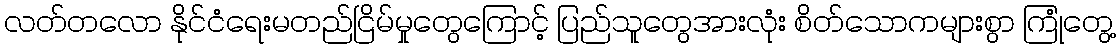
လတ်တလော နိုင်ငံရေးမတည်ငြိမ်မှုတွေကြောင့် ပြည်သူတွေအားလုံး စိတ်သောကများစွာ ကြုံတွေ့